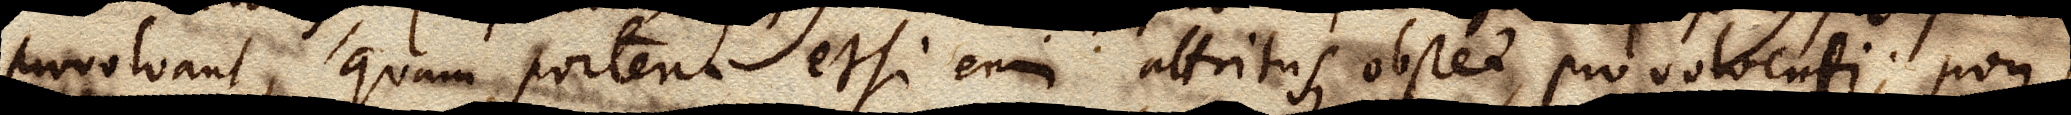
provolvant, quam portent etsi enim attritus obstet, provolventi, non